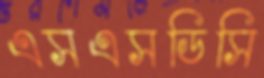
এসএসডিসি